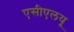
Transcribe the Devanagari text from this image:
एसीएलयू